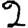
Digit: 2